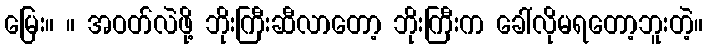
မြေး။ ။ အဝတ်လဲဖို့ ဘိုးကြီးဆီလာတော့ ဘိုးကြီးက ခေါ်လိုမရတော့ဘူးတဲ့။